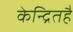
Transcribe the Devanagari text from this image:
केन्द्रितहै